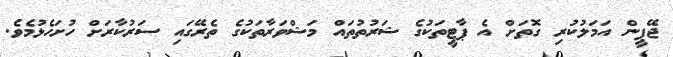
ޖޭޕީން އަމަލުކުރި ގޮތަށް އެ ޕާޓީތަކުގެ ޝަރުތުތައް މަޝްވަރާތަކުގެ ތެރޭގައި ސަރުކާރަށް ހުށަހެޅުމެވެ.